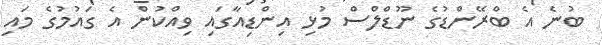
ބުނެ އެ ބްރޭންޑުގެ ނޫޑްލްސް މުޅި އިންޑިއާގައި ވިއްކުން އެ ގައުމުގެ މައި